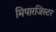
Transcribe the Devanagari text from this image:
मिपारजिस्टर